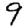
Digit: 9